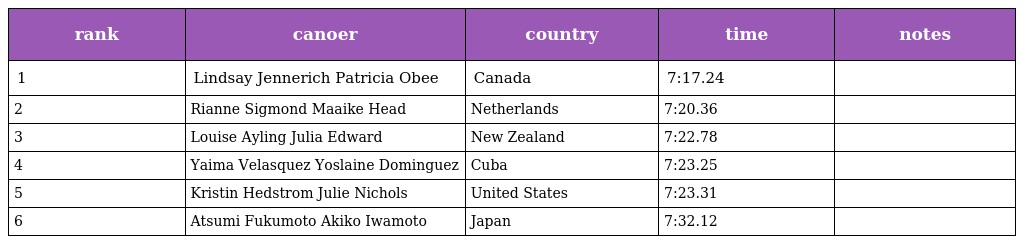
| rank | canoer | country | time | notes |
 | --- | --- | --- | --- | --- |
 | 1 | Lindsay Jennerich Patricia Obee | Canada | 7:17.24 |  |
 | 2 | Rianne Sigmond Maaike Head | Netherlands | 7:20.36 |  |
 | 3 | Louise Ayling Julia Edward | New Zealand | 7:22.78 |  |
 | 4 | Yaima Velasquez Yoslaine Dominguez | Cuba | 7:23.25 |  |
 | 5 | Kristin Hedstrom Julie Nichols | United States | 7:23.31 |  |
 | 6 | Atsumi Fukumoto Akiko Iwamoto | Japan | 7:32.12 |  |